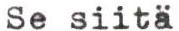
Se siitä